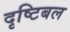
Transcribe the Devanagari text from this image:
दृष्टिबल